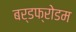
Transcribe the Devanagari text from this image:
बर्डफ्राेेडम